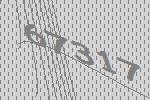
67317